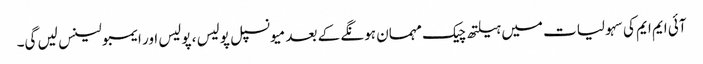
آئی ایم ایم کی سہولیات میں ہیلتھ چیک مہمان ہونگے کے بعد میونسپل پولیس ، پولیس اور ایمبولینس لیں گی۔